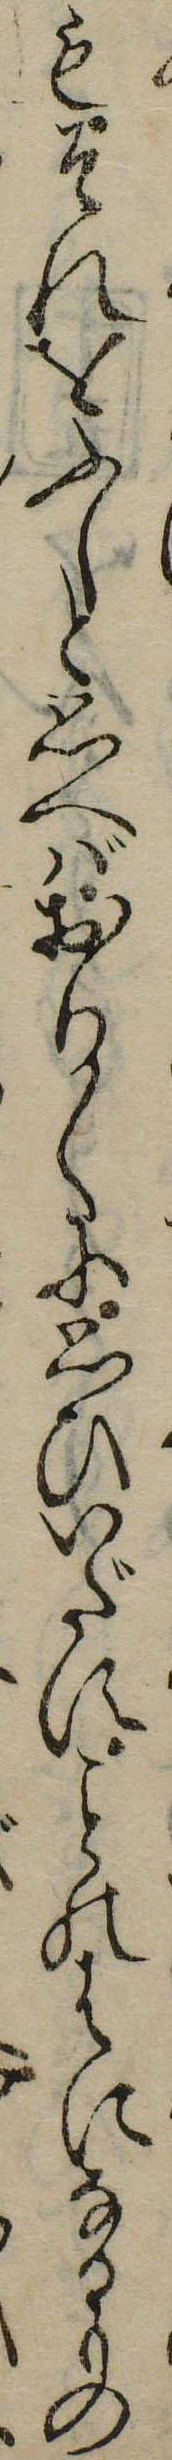
もそれをふしと思へばおり〱に思ひいだすのはになるもの